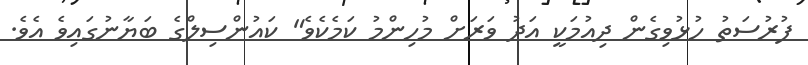
ފުރުސަތު ހުޅުވިގެން ދިއުމަކީ އަދު ވަރަށް މުހިންމު ކަމެކެވެ" ކައުންސިލްގެ ބަޔާނުގައިވެ އެވެ.